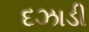
દઝાડી